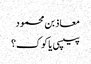
معاذ بن محمود
پیپسی یا کوک؟